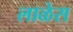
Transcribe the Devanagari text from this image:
लाळेस